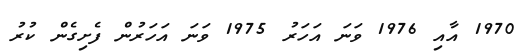
1970 އާއި 1976 ވަނަ އަހަރު 1975 ވަނަ އަހަރުން ފެށިގެން ކުރު